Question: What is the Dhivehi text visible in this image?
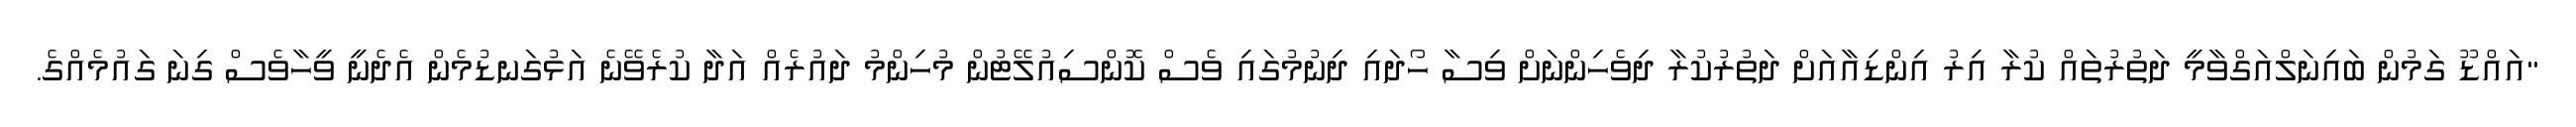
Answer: "އައްޑޫ ގަމުން ބައިނަލްއަގްވާމީ ދަތުރުތައް ކުރާ އިރު އިންޑިއާއަށް ދަތުރުކުރާ ދިވެހިންނަށް ވިސާ ހޯދައި ދިނުމުގައި ވެސް ކޮންސިއުލޭޓުން މުހިންމު ދައުރެއް އަދާ ކުރެވޭނެ އަޅުގަނޑުމެން އެދެނީ ވީހާވެސް ގިނަ ގައުމެއްގެ.